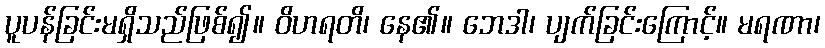
ပူပန်ခြင်းမရှိသည်ဖြစ်၍။ ဝိဟရတိ၊ နေ၏။ ဘေဒါ၊ ပျက်ခြင်းကြောင့်။ မရဏာ၊